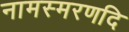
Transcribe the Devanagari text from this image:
नामस्मरणदि